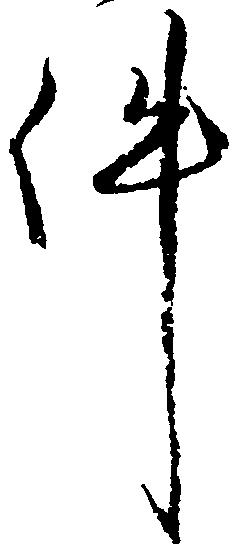
件